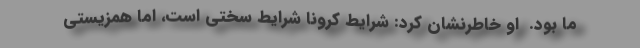
ما بود.  او خاطرنشان کرد: شرایط کرونا شرایط سختی است، اما همزیستی